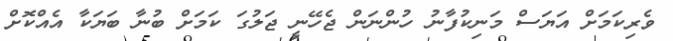
ވެރިކަމަށް އަޔަސް މަނިކުފާނު ހުންނަން ޖެހޭނީ ޖަލުގަ ކަމަށް ބުނާ ބަޔަކާ އެއްކޮށް